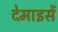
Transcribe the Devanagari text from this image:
देमाइसें